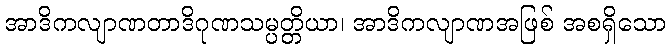
အာဒိကလျာဏတာဒိဂုဏသမ္ပတ္တိယာ၊ အာဒိကလျာဏအဖြစ် အစရှိသော